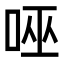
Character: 𭇹